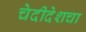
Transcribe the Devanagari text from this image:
चेदीदेशचा